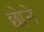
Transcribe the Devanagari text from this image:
छोने